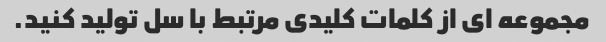
مجموعه ای از کلمات کلیدی مرتبط با سل تولید کنید.